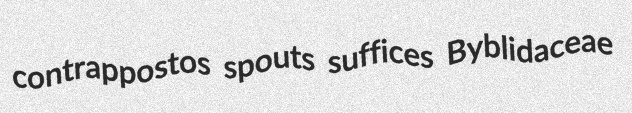
contrappostos spouts suffices Byblidaceae